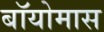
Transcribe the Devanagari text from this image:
बॉयोमास